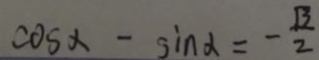
\cos \alpha - \sin \alpha = - \frac { \sqrt { 3 } } { 2 }